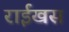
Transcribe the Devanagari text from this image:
राईखस